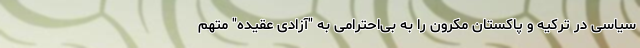
سیاسی در ترکیه و پاکستان مکرون را به بی‌احترامی به "آزادی عقیده" متهم